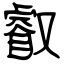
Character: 叡